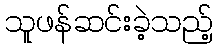
သူဖန်ဆင်းခဲ့သည့်